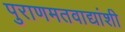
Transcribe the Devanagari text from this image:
पुराणमतवाद्यांशी